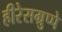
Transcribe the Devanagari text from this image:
हीरेसग्रुप्पे